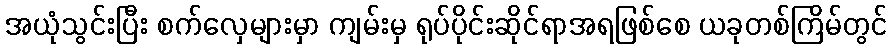
အယုံသွင်းပြီး စက်လှေများမှာ ကျမ်းမှ ရုပ်ပိုင်းဆိုင်ရာအရဖြစ်စေ ယခုတစ်ကြိမ်တွင်